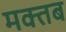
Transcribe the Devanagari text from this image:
मक्तब